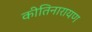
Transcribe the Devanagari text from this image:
कीतिनारायण